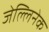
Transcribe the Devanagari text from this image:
जेल्लिनेक